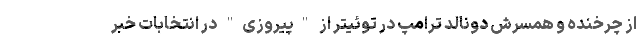
از چرخنده و همسرش دونالد ترامپ در توئیتر از "پیروزی" در انتخابات خبر